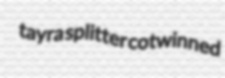
tayra splitter cotwinned